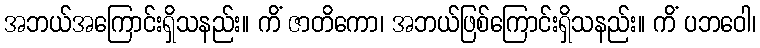
အဘယ်အကြောင်းရှိသနည်း။ ကိံ ဇာတိကော၊ အဘယ်ဖြစ်ကြောင်းရှိသနည်း။ ကိံ ပဘဝေါ၊